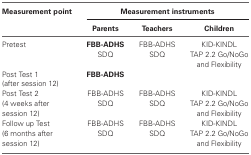
<table><thead><tr><td><b>Measurement point</b></td><td colspan="3"><b>Measurement instruments</b></td></tr><tr><td></td><td><b>Parents</b></td><td><b>Teachers</b></td><td><b>Children</b></td></tr></thead><tbody><tr><td>Pretest</td><td><b>FBB-ADHS</b>SDQ</td><td>FBB-ADHSSDQ</td><td>KID-KINDLTAP 2.2 Go/NoGo and Flexibility</td></tr><tr><td>Post Test 1 (after session 12)</td><td><b>FBB-ADHS</b></td></tr><tr><td>Post Test 2 (4 weeks after session 12)</td><td>FBB-ADHSSDQ</td><td>FBB-ADHSSDQ</td><td>KID-KINDLTAP 2.2 Go/NoGo and Flexibility</td></tr><tr><td>Follow up Test (6 months after session 12)</td><td>FBB-ADHSSDQ</td><td>FBB-ADHSSDQ</td><td>KID-KINDLTAP 2.2 Go/NoGo and Flexibility</td></tr></tbody></table>